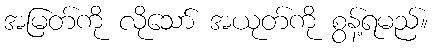
အမြတ်ကို လိုသော် အယုတ်ကို စွန့်ရမည်။